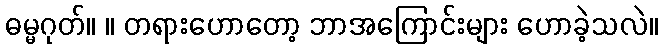
ဓမ္မဂုတ်။ ။ တရားဟောတော့ ဘာအကြောင်းများ ဟောခဲ့သလဲ။